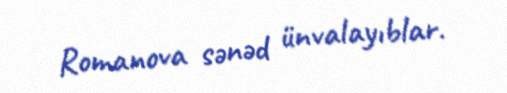
Romanova sənəd ünvalayıblar.